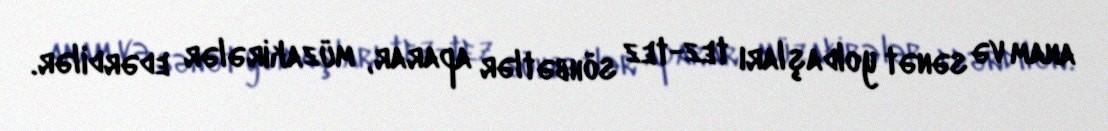
anam və sənət yoldaşları tez-tez söhbətlər aparar, müzakirələr edərdilər.